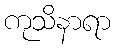
ကုသိနာရာ